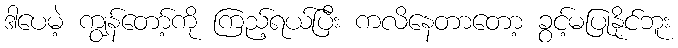
ဒါပေမဲ့ ကျွန်တော့်ကို ကြည့်ရယ်ပြီး ကလိနေတာတော့ ခွင့်မပြုနိုင်ဘူး